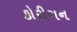
કોરીગન